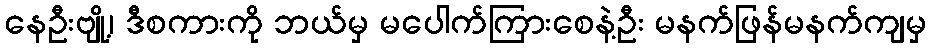
နေဦးဗျို့၊ ဒီစကားကို ဘယ်မှ မပေါက်ကြားစေနဲ့ဦး မနက်ဖြန်မနက်ကျမှ